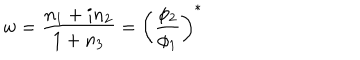
w = { \frac { n _ { 1 } + i n _ { 2 } } { 1 + n _ { 3 } } } = \left( { \frac { \phi _ { 2 } } { \phi _ { 1 } } } \right) ^ { * }